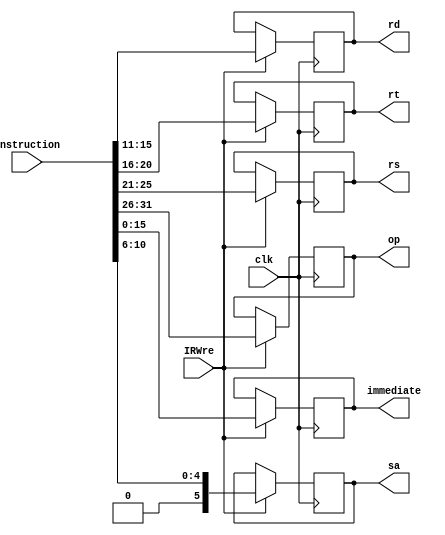
`timescale 1ns / 1ps
//////////////////////////////////////////////////////////////////////////////////
// Company: 
// Engineer: 
// 
// Design Name: 
// Module Name: IR
// Project Name: 
// Target Devices: 
// Tool Versions: 
// Description: 
// 
// Dependencies: 
// 
// Revision:
// Revision 0.01 - File Created
// Additional Comments:
// 
//////////////////////////////////////////////////////////////////////////////////


module IR(
    input clk,
    input IRWre,
    input [31:0] instruction,
    output reg[5:0] op,   
    output reg[4:0] rs, rt, rd,  
    output reg[15:0] immediate,
    output reg[5:0] sa
    );
    
    //
    always @(posedge clk) begin
        if (IRWre == 1) begin
            op = instruction[31:26];  
            rs = instruction[25:21];  
            rt = instruction[20:16];  
            rd = instruction[15:11];  
            sa = instruction[10:6];
            immediate = instruction[15:0];
        end
    end
endmodule